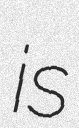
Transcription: is